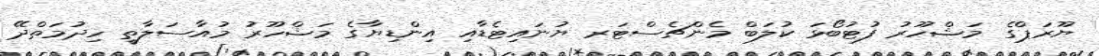
ޔޫރަޕްގެ މަޝްހޫރު ފުޓުބޯޅަ ކުލަބް މެންޗެސްޓަރ ޔުނައިޓެޑާއި އިންޑިޔާގެ މަޝްހޫރު މުއާސަލާތީ ހިދުމަތްދޭ